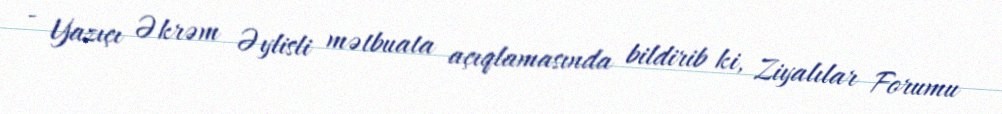
- Yazıçı Əkrəm Əylisli mətbuata açıqlamasında bildirib ki, Ziyalılar Forumu